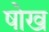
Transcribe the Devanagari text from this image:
षोख